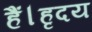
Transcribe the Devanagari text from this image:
हैं।हृदय